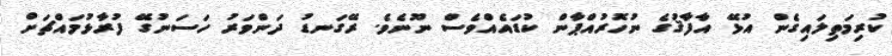
ކުރިމަތިލައިގެން އުޅޭ އާފާޤުގެ ނުހޮރުއްޕާން ކުޑައެއްވެސް ނޫނެވެ. ރޭގަނޑު ދަންވަރު ހަސަނުގޭ ފުރާޅުމައްޗަށް